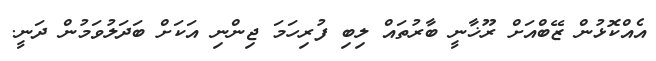
އެއްކޮޅުން ޒޭބްއަށް ރޫޚާނީ ބާރުތައް ލިބި ފުރިހަމަ ޖިންނި އަކަށް ބަދަލުވަމުން ދަނީ.